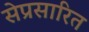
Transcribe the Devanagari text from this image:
सेप्रसारित